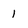
Character: 1